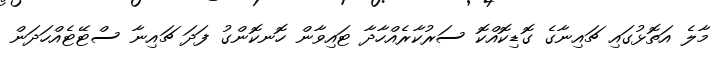
މާލެ އަތޮޅުގައި ޗައިނާގެ ގޮޑިކޮއްކޮ ސަރުކާރެއްހާދާ ޓައިވާން ހޮނކޮންގު ފަދަ ޗައިނާ ސްޓޭޓެއްހަދަން